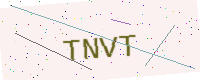
Text: TNVT